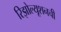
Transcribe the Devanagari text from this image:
रिझोल्यूशनची